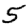
Digit: 5